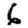
Digit: 6